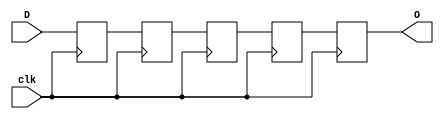
module SISOIrtaza(D, clk, O);
  input clk, D;
  output reg O;
  reg Q1,Q2,Q3,Q4;
  
  initial
  begin
    Q1 = 0;
    Q2 = 0;
    Q3 = 0;
    Q4 = 0;
  end
  
  always @ (posedge clk)
  begin
    Q1 <= D;
    Q2 <= Q1;
    Q3 <= Q2;
    Q4 <= Q3; 
    O <= Q4;   
  end
endmodule